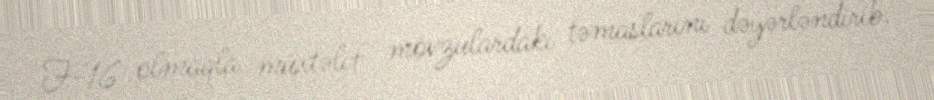
F-16 olmaqla müxtəlif mövzulardakı təmaslarını dəyərləndirib.